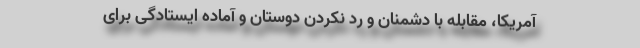
آمریکا، مقابله با دشمنان و رد نکردن دوستان و آماده ایستادگی برای